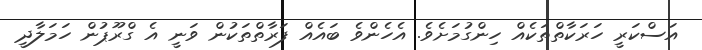
އަސްކަރީ ހަރަކާތްތަކެއް ހިންގުމަށެވެ. އެހެންވެ ބައެއް ފަރާތްތަކުން ވަނީ އެ ގްރޫޕުން ހަމަލާދީ